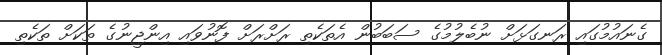
ގެނައުމުގައި ރަނގަޅަށް ނުބެލުމުގެ ސަބަބުން އެތަކެތި ރަށްރަށް ފޮނުވައި އިންޖީނުގެ ތަކަށް ތަކެތި